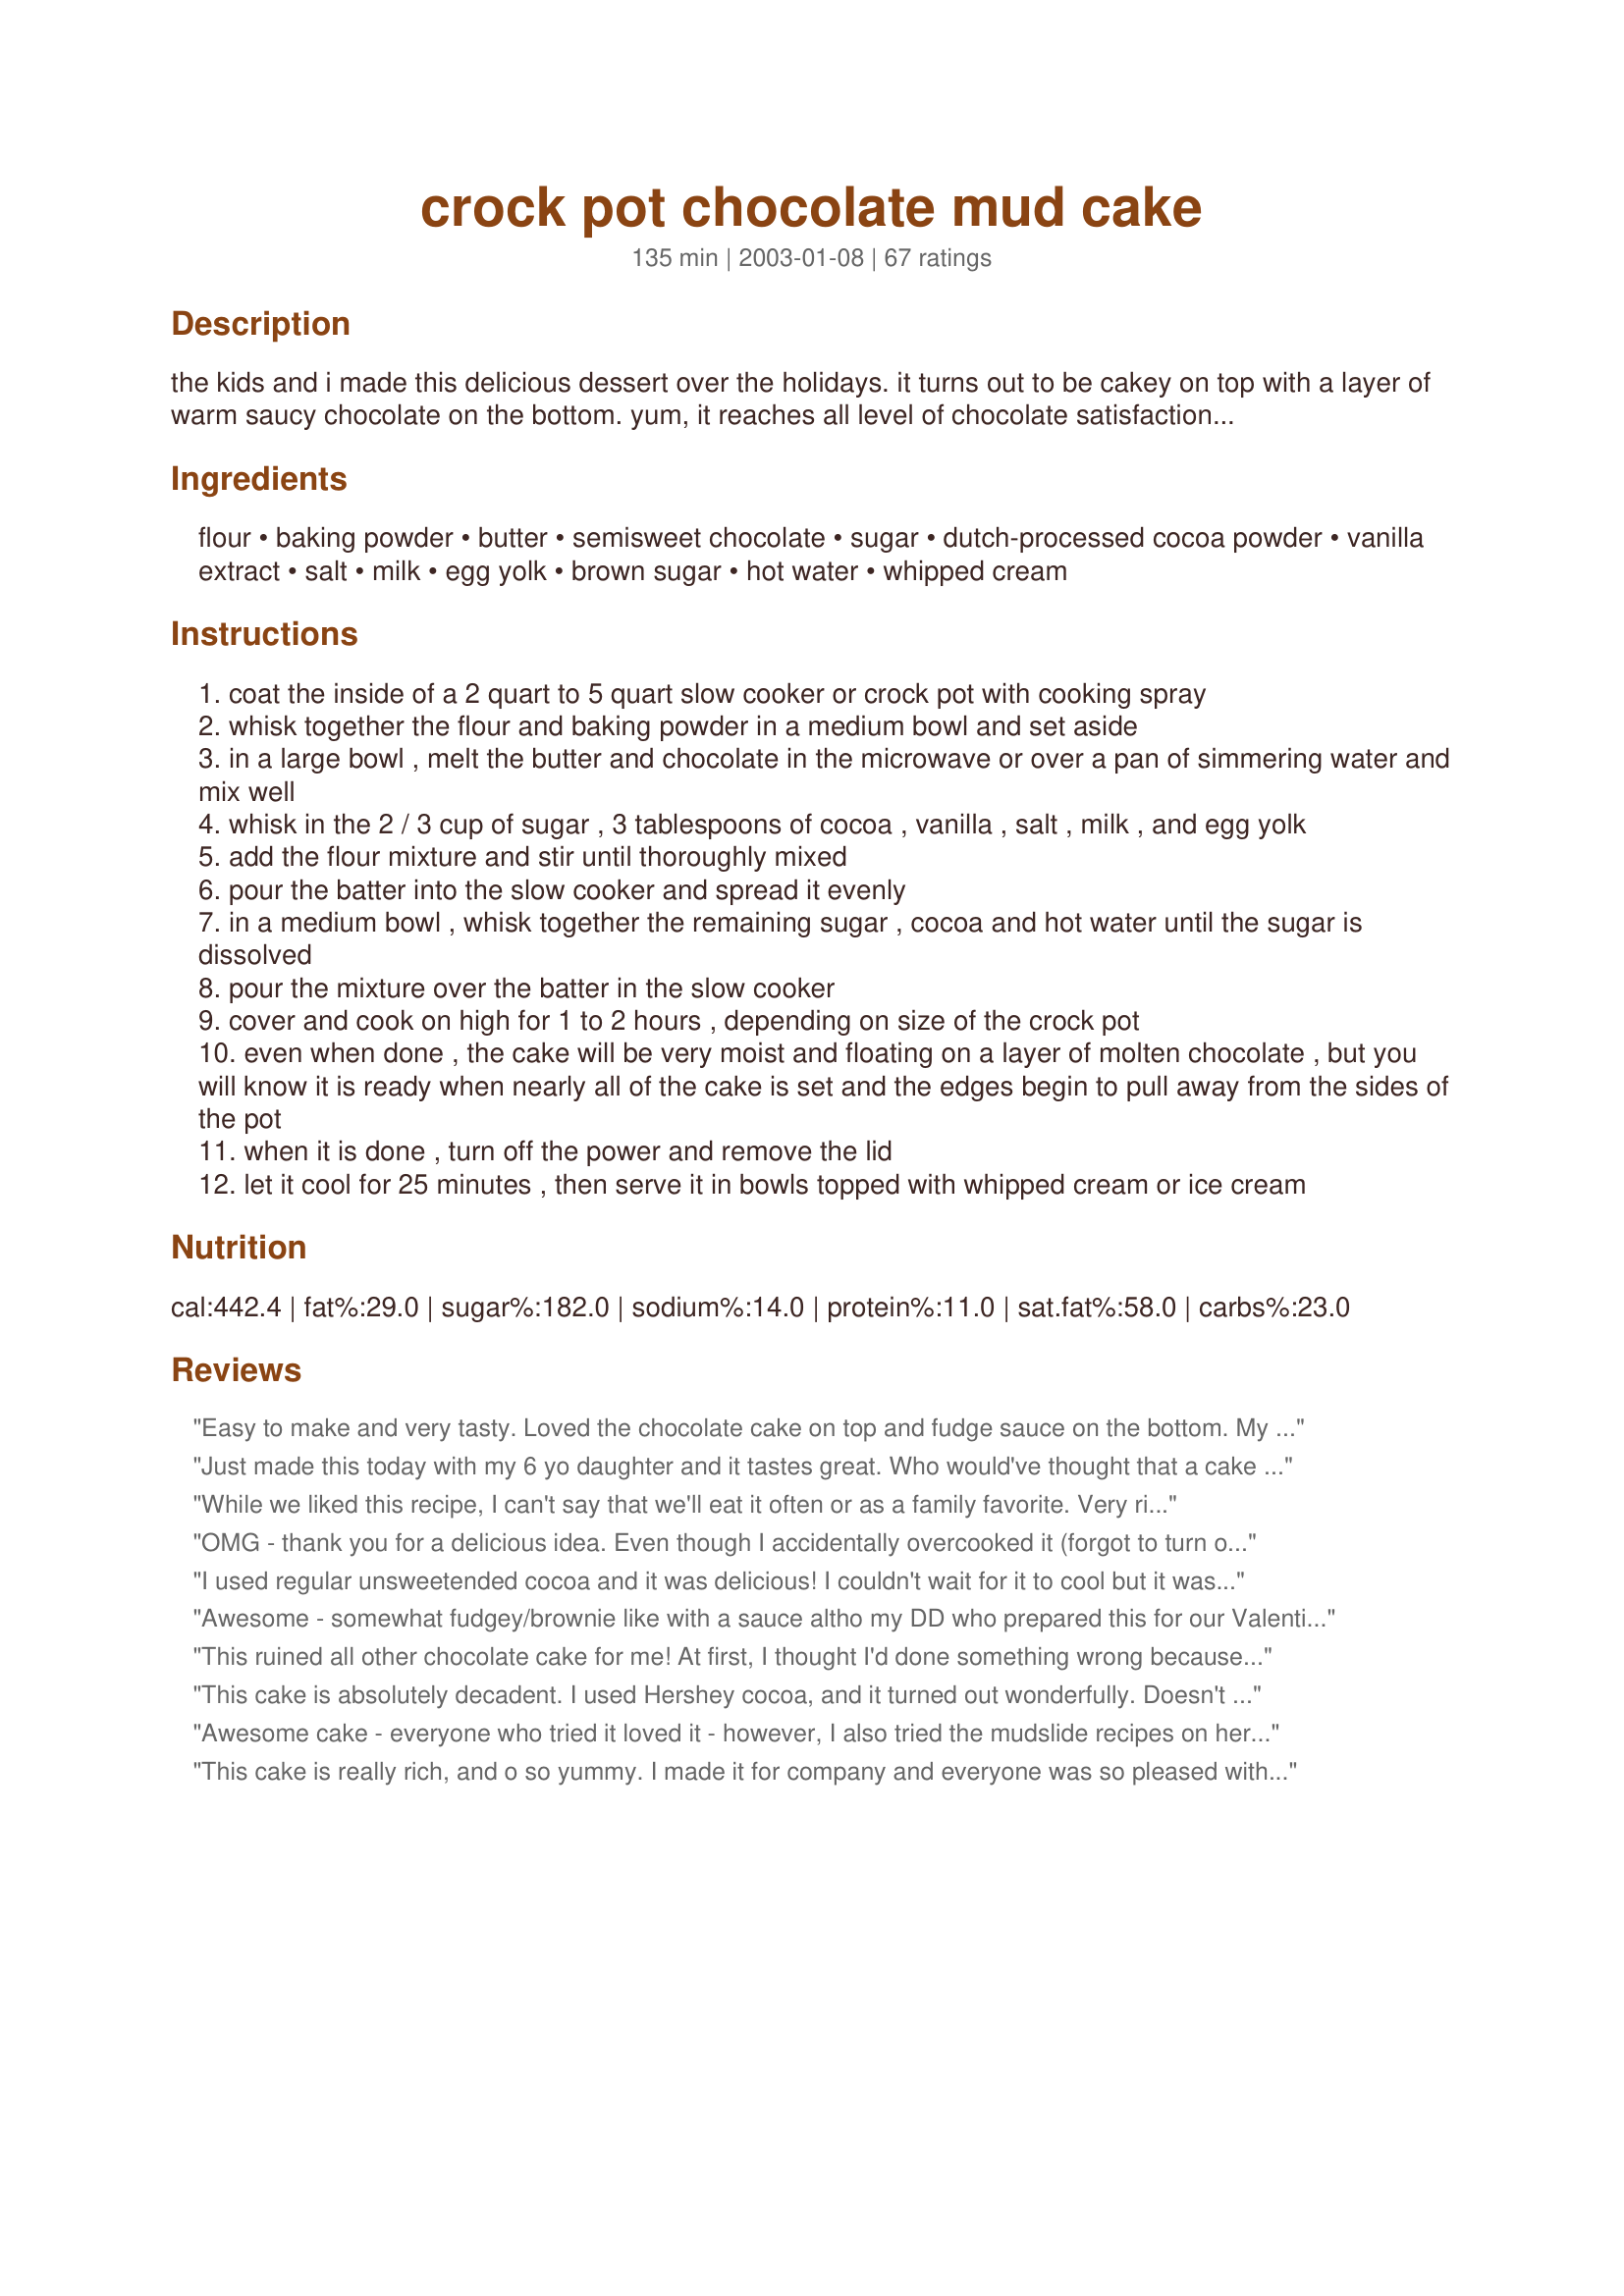
crock pot chocolate mud cake
Preparation time: 135 minutes

the kids and i made this delicious dessert over the holidays. it turns out to be cakey on top with a layer of warm saucy chocolate on the bottom. yum, it reaches all level of chocolate satisfaction. we did not wait for the recommended cooling time.

Ingredients:
flour, baking powder, butter, semisweet chocolate, sugar, dutch-processed cocoa powder, vanilla extract, salt, milk, egg yolk, brown sugar, hot water, whipped cream

Steps:
coat the inside of a 2 quart to 5 quart slow cooker or crock pot with cooking spray
whisk together the flour and baking powder in a medium bowl and set aside
in a large bowl , melt the butter and chocolate in the microwave or over a pan of simmering water and mix well
whisk in the 2 / 3 cup of sugar , 3 tablespoons of cocoa , vanilla , salt , milk , and egg yolk
add the flour mixture and stir until thoroughly mixed
pour the batter into the slow cooker and spread it evenly
in a medium bowl , whisk together the remaining sugar , cocoa and hot water until the sugar is dissolved
pour the mixture over the batter in the slow cooker
cover and cook on high for 1 to 2 hours , depending on size of the crock pot
even when done , the cake will be very moist and floating on a layer of molten chocolate , but you will know it is ready when nearly all of the cake is set and the edges begin to pull away from the sides of the pot
when it is done , turn off the power and remove the lid
let it cool for 25 minutes , then serve it in bowls topped with whipped cream or ice cream

Reviews:
Easy to make and very tasty. Loved the chocolate cake on top and fudge sauce on the bottom. My kids and dh also loved this cake. 

Ideas and Tips:
This recipe calls for a lot of water - 1 1/2 cups. I thought it seemed like too much water but it worked out great. 

I used Hershey's Cocoa instead of dutch processed. 

Eat with ice cream! 

The brown sugar should be put in with the hot water.

Put a couple of paper towels on top of your crock pot - cover with your lid. The lid will collect condesation. It won't fall back onto the cake because of the paper towels. Lift the paper towels off carefully when removing lid so the water doesn't fall on to the cake.
Just made this today with my 6 yo daughter and it tastes great. Who would've thought that a cake can be made in a croci pot. This turned out chocolatey and delicious. I needed something sweet and this did the trick.
While we liked this recipe, I can't say that we'll eat it often or as a family favorite. Very rich and moist. Almost bitter. But it might have been something I did. Definitely need vanilla ice cream. Would be great at a church gathering with homemade icecream. My kids loved it!
OMG - thank you for a delicious idea. Even though I accidentally overcooked it (forgot to turn off the slow cooker after the cake had aleady pulled away from the edges) it was very moist and tasty. We served it with icecream - incredible. One thing - be certain to squirrel away a little for the following morning. The self restraint will pay off as the cake is FABULOUS with a cup of coffee the following morning. It was served in the morning as a breakfast: 1/2 cup rolled oats with a sprinkling of dried cranberries; add scoop of cake and microwave for 30 seconds. Next, carefully pour 1/2 cold milk down the side of the bowl and top with handful of almond accents. The cold milk sets off the warm cake, and the salty almond accents sets off the sweet cake and dried cranberries. SUPERB recipe - thanks again!
I used regular unsweetended cocoa and it was delicious! I couldn't wait for it to cool but it was still good. I will say that the leftovers that did cool down were even better so next time I will bite the bullet and wait! Thanks for this easy YUMMY recipe!
Awesome - somewhat fudgey/brownie like with a sauce altho my DD who prepared this for our Valentine dessert forgot to set timer so it cooked about half hour longer and so there was not much sauce. The instructions do not say what to do with the brown sugar so we added it to step 8. Definetly make again.
This ruined all other chocolate cake for me! At first, I thought I'd done something wrong because mine didn't seem to be floating in anything, never mind chocolate sauce...and then we hit the bottom. The entire cake was moist, chocolately, saucy...HEAVENLY. It was fairly easy to make. I ended up using Hershey's cocoa because I couldn't find Dutch Processed Cocoa in our dinky grocery store but it was delish anyway!
This cake is absolutely decadent. I used Hershey cocoa, and it turned out wonderfully. Doesn't take much time to put this easy recipe together, which is a plus. I would recommend that you have several people available to eat this should you decide to make it; it's incredibly rich and small portions are definitely in order.
Awesome cake - everyone who tried it loved it - however, I also tried the mudslide recipes on here last night - so I didnt' actually get to eat any...will make again and often esp as we boat and the crockpot goes with us!
This cake is really rich, and o so yummy. I made it for company and everyone was so pleased with it. I served it with vanilla ice cream. I think the ice cream is a must side for this cake since it is so rich. I've been asked to make this again soon.
Wow. This was extremely rich. It tastes great with coffee ice cream. Next time I may try using less vanilla because I could taste it slightly. I have a tiny crock pot (maybe 1.5 quart), and my cake was ready in an hour and a half. Thanks for sharing!
Wow! I love chocolate self-saucing pudding, and this was the best I have ever had by far! This is a new favorite in our house.
My 9 year old son made this pretty much by himself with a little supervision and it was so good... he was so proud of himself! He and my husband devoured it. Good and EASY RECIPE. I can see why you make it with your kids!
Wow, this was amazing! Very rich and chocolatey. I made it for dessert for our Superbowl get together. After loading the crock pot as directed, I set it and got to go about getting other things ready. I had my crock pot on high and I think it was done in about 1.5 hours. I turned it off and let it set for another couple of hours and it was still warm and yummy when it was time to serve.
My family and I thought this was okay. It was easy to prepare but it was not very sweet tasting. We prefer a sweeter dessert.
This was sooooo good. The entire family ate it, with ice cream of course, and enjoyed every bit of it. There was nothing left in the pot, seems they "licked it clean"...I did add about 4 oz of chocolate chips but didn't change anything else. Wonderful crockpot recipe!!!
Oh my goodness!! This was so easy and absolutely delicious. I made it this morning after I got to work for us to have for lunch. The whole office smelled absolutely wonderful. I used Hershey's cocoa and chocolate chips. Everyone loved it. Served it with vanilla ice cream...we had dessert before we had lunch!! Have to admit I was a little skeptical making a cake in a crock pot but I will definitely be making this one again!! Thanks for sharing such an easy and wonderful recipe!
good, but texture kind of weird, maybe b/c it's a crockpot cake. for about the same amount of work, i think i'd make a regular cake.
My BF says it's second favorite dessert! He loved it and so did I and the kids!! Mmm sooo goooood!! 10 stars!!
Took care of any chocolate cravings - made for Valentine's Day - very decadent - can't believe it comes from a crockpot - will make again - thanks for sharing
This was very good. Hard to tell when it will be done perfectly. It can be really undercooked underneath, pudding like. Next time I will cook it longer. There will be a next time...yum!
Wow! This is a super rich but delicious fudgy cake. I didn't have Dutch cocoa and couldn't find it at the grocery store, but Ghiradelli's cocoa worked just great. Thank you for posting this!
Made this for our Christmas Eve Dinner. We were all stuffed and did not get to eat any desserts including this one. Well, Christmas morning we ate it cold and it was delicious, later on today we are going to heat it up in the microwave and top with the ice cream. Thank you for posting such an easy and wonderful dessert. Merry Christmas!!
This is a keeper by all counts. We will be making this one for company, only doubled in two crocks!
I served this cake for my daughter's 12th birthday. Our family raved about it. This is to die for!!! We served it with a scoop of ice cream on top. Yummy!
I don't know what went wrong because I followed all instructions to a T (apart from using Bournville cocoa powder- we don't have the Dutch one in the UK) and I can honestly say it's truly horrible! The topping is eggy for some reason, and the cake tastes bitter and too strong on the vanilla essence- I used really good quality one and maybe it's stronger than US vanilla extract? Because it literally tastes a little alcoholic... so disappointed, I'm usually quite a good cook but this slow cooker has beaten me with this cake!
Wow, it was amazing - I made it exactly as described (I had Trader Joe's cocoa powder on hand) and it was DELICIOUS. We loved it - it was like those lava cakes that you can buy at the store, but better! As other people have said, you must serve it with ice cream as it's too intense to eat on its own. Thanks for the recipe!
My friend made this for one "girl's night in". We forgave her for encouraging our weight gain, this cake is worth it!! We topped it with sliced strawberries and whipped cream. DECADENT!!!
What a wonderful, delectable, delicious chocolate cake! I can't believe how easy this was to make, and how well it came out. I cooked it for about 1.5 hours on high in my 6-qt crockpot, and it came out perfectly. The top cake layer was spongy and moist, and it rested on a melted-pudding-like layer of chocolately goodness. So delicious. Everyone raved about it. The only reason I'm not giving it a 5 is b/c I don't think it was sweet enough. Next time I think I'll try adding some more sugar. But thank you for a wonderful recipe!
We all enjoyed this very chocolaty dessert. I did overcook it a wee bit but that was completely my fault so no loss of stars there. I thought I had turned the slow cooker off but I had turned it to low so it kept cooking which resulted in less sauce. I served it with ice cream. We will be having this for dessert again. It is so handy when the oven is busy. Thanks for sharing your recipe.
It's like a giant lava cake!! I made this for my church community group, everyone loved it, even though I personally thought it was lacking something, i just don't know what! But it was yummy, esp w/ cookies & cream ice cream :)
i too could not find dutch processed and used a substitute, nestle. wow is all i can say warm melty chocolate is the best. i have a small crock and it took about hour to cook and the wait was torture. thanks ridgely now my crock does everything
I made this for my husband and kids for Valentine's Day. I was nervous because I has never tried the recipe before, but it was AWESOME. I am a chocholic, but I doubt I will have any chocolate cravings for at least a month. I served the cake with coffee ice cream on top and poured some of the sauce over the whole thing. My two year old proclaimed me the bestest cook, so thanks for the recipe. I did omit the egg, (my son has an egg allergy) and I read the recipe wrong and did not add the brown sugar at the end, just the remaining granulated sugar. Regardless, they have already begged me to make it again. While I did not have much left to put away, it did taste good reheated too!
WOW! This cake is amazing, made it for the first time yesterday. Insane amounts of chocolate, absolutely delicious. This recipe is a keeper! I couldn't find Dutch Process cocoa powder, so i simply added 2 pinches of baking soda to the regular unsweetened cocoa powder. This balanced the bitterness perfectly for a sweet chocolate cake and sauce. Enjoy!
I doubled this for my 5 qt cp. I did not use the egg yolk. It took 2 1/4 hours to cook. Then I turned if off and let it sit for 3 hours until after dinner. It was fabulous. I served it with whipped cream or ice cream. The kids loved the ice cream with the sauce over it. Even my picky son loved this! This is alot like betty crocker's hot fudge sundae cake, but my kids liked this one better! Thanks Ridgely!
UPDATE: Ok, I made this for the 10th time, but this time I make it with Gluten Free Flour mix and Rice flour for the "flour", I used coconut oil and palm oil shortening in place of the butter, used the egg yolk, AGAIN this was doubled for my 5 qt. and only 1 out of 6 kids that had some didn't like it! It gave it a more fudgey cake top and the sauce was thinner, but it was still wonderful! Kids fought over who would get the last bit the next day!! Very forgiving and versatile recipe.
SIDE-NOTE: Dutch-processed cocoa and Hershey's baking cocoa can be used interchangeably, as they are the SAME. Dutch-processed is said to make sure you don't use hot chocolate mix. :)
This was good, but the order of the directions was confusing. The cake part should have been separated from the water, chocolate sugar part. I never like directions that say &quot;sugar divided&quot; or anything else divided. It&#039;s too easy for me to make a mistake. I wouldn&#039;t be able to make this for company Unless I had everything done ahead of time.
I've made this cake twice. Once for my family and then once for a lunch at work. Both times all who tasted it LOVED it! I loved it because it was so easy too. For work I just started it in the morning and then when it was done, I turned off the crock pot and it stayed warm until lunch. Perfect! Will definitely be making this again and again.
Excellent! My whole family loved it!
I took this to a 'crock pot party' and it was a huge hit!! I followed the directions exactly..perfect. Top w/ vanilla icecream, sinful!!
This is a heavenly chocolate recipe- in my small crock pot I actually overcooked it at an hour on high. It is great over ice cream. I liked it also because most of the ingredients are around the house!
Super delicious.
cake is dry and stiff I made it good change to 2 teasp bkin powder 2 egg yolk 3 tablep sour cream cake now lite moist flavorful sep 2012
This was fantastic. I have done this twice now and both time have had rave reviews. Both times was for a church dinner for 60+ people. The first time we did it in crock pots as per the recipe and it turned out great although with 3 different crock pots timing was a challenge since they all cooked differently. The second time we made some modifications. We cooked them in the oven at 350 for 40 minutes covered in foil. We did double batchs in 9*13 bakers. (If you only need a single batch try a 9*9 square) Next time I think we will lower the temp to 300 and try for 1 hour cooking time as this time there didn't seem to be as much of the sauce and the cake was a little dried out on the top. Although still awsome. Also we used 1 whole egg instead of 2 egg yolks. An excellent recipe that will serve you well, no matter which way you prefer to cook it. Thanks.
Rarely does my child want seconds of almost anything, but this he loved. I even got a woah! from him. I had fun making this, and it was so easy, with ingredients I had on hand. I will definately be making this again, and cant wait to share with coworkers!
This was very easy to make and really great tasting. The cake was delicious and the fugde topping that it made was an added bonus. We served it with ice cream and a dollop of cool whip. Definitely will make this again!
I really liked this recipe, but does anyone have a suggestion because I felt the chocolate sauce was a little thin. How would you thicken it a little bit?
I tried this for the first time with company this weekend. I don't like to try new things for guests but it sounded good.

Better than good. Everyone loved it.
How much easier does it get? This is a delicious dessert that you can fix 2 hours ahead of time and let it sit and cook in the crock pot. I put paper towels across the top before I put the lid on the crock pot and I'm glad I did. Thank you to the review who suggested that! I took this to a potluck and everyone who tried it was rolling their eyes with happiness. Try this recipe - you won't be disappointed!
What an easy, delicious cake. I veganized and kicked up the ingredients a bit to make a healthier version. Replaced plain flour with whole wheat pastry flour, switched cow&#039;s milk with soymilk and replaced white sugar with turbinado sugar. Replaced egg yolk with 1T ground flaxseed + 3T warm water and switched butter to vegan margarine and reduced it by 1 T.&lt;br/&gt;&lt;br/&gt;Still amazing, the batter is spoon-licking awesome alone and when veganized, totally safe to eat! Kids and adults raved about it. Thanks for sharing a great recipe.
Ditto, ditto and ditto! Everything that I wanted to say has been said. Excellent recipe...perfect for the pure chocoholics!!!
Nice and easy. Smells great. Word of caution...do not proceed with making this until you make sure you have vanilla ice cream on hand!! Will have to make this again with vanilla ice cream! Will make this with my students at school...it will be a huge hit! My husband was ready to lick his bowl.
I had this on high for maybe a little about an hour and a half but that was too long. My cake didn't pull away from the sides at all so I didn't realize it was done till it was too late; the cake ended up with a very thin blackish layer and very little sauce left. Still..... the rest of the cake? DIVINE. Still wonderfully moist and chocolatey - not too much chocolate, perfect amount of sweetness for me. It was rich but not too much so - actually a little lighter than I was expecting, maybe because there was very little of the gooey sauce left, but it was great. Just gotta keep a closer eye on the cake as it cooks next time (and there will definitely be a next time!) And for a more adult version, it's great with a little splash of Baileys right before snacking :) Thanks!
I made this recipe for a family dinner, and couldn't have been happier with the result! It was fantastic and enjoyed by all!
I made this tonight as a test before taking to my son's second grade class for them to make. It is so delicious! I had mine with whipped cream, my son had his plain. My husband will have his later, probably with ice cream. Whatever your choice, I really don't think you can go wrong. I used a generic cocoa, and it was still very yummy. I love that the cake is spongy. I would prefer there was less sauce, so I may try cooking is longer than 1 1/4 hours the next time (not for the class though). I also put a tea towel under the lid to catch all the water. That worked well. Thanks for a great recipe!
This is chcolate heaven. I sub.1/2 splenda with the sugar as my husband is diabetic. just learning how to cook differently for him. I ate some after dinner and could not tell the substitue. Thanks for the recipe/ will make again for family and friends as per recipe
from the house of 3 choco-holics, I just need to say WOW & WOW!!!! This is amazing! what a great dessert for anytime! I am so happy with this recipe! Easy, quick and very satisfing! Going in the house cookbook. Thanks for sharing!
Superb recipe! Served with Blue Bell homemade vanilla ice cream at a church function. The crock pot was licked clean, it got lots of compliments and everyone wanted the recipe. Thanks for making me look good...LOL!
I can't believe I missed adding a review earlier!!! This dessert is DIVINE!!!! I serve it over vanilla ice cream and the warm gooey cake over the cold ice cream is a dessert we can't get enough of.
First of all, DH thought I was off my rockers when I told him that I am making a cake in a crock pot. Secondly, this is YUMMMM! It's so delicious but very very rich. I have read some review which state the cake is bitter and the vanilla taste is strong but such is not the case for me. However, I did substitute white, normal sugar instead of brown sugar so maybe that is the reason? Whatever it is, thank you, Ridgely for this amazing recipe!
I overbaked this by about 30, so the edges were crispy but it was still phenomenal, the men in my house devoured it. Next time though, I'll double the amount of fudge :-)
I made this at work for a potluck last week. I prepped by putting the various sections together at home, then transported them in small plastic containers, & combined them at work. I cooked the cake for about 1 3/4 hours, but think it might have been better had I stopped closer to 1 1/2. But it was still great stuff. There were oohs & aahs all around with many requests for the recipe. And it couldn't have been any easier to make. A can of whipped cream was used due to ease of portability. Thanks, Ridgely.
Nice presentation but tasted like diabetic chocolate. For 437 calories I want decadent lol.
Surprisingly incredible! I was skeptical that the sauce would actual thicken, but it did thicken perfectly. Delicious, rich and decadent! Will definitely make this again!
I loved that this actually WORKED. Moist cake on top, rich chocolate sauce on the bottom. Unfortunately, there is an underlying bitter taste that isn't that well disguised by the icecream. A really fun dessert to make, but not an all time favorite in the flavor department. Thanks for a fun experiment nonetheless!
ooh, this was so good. i have a big crock pot (6 quart, maybe?) so it was very thin and more "done" than i think it was supposed to be-- i guess next time i'll just have to double the recipe and invite a crowd!
I made this while at work and was sure I had ruined it. I forgot to put in the milk and added it about 15 minutes later. It still turned out wonderful, so it is pretty goof proof. The whole office smelled so good while it was cooking. I actually liked it better when it had cooled and it was like a pudding on the bottom.
Absolutely DIVINE!!! - and not to mention, super easy to make!
